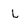
Character: L